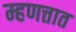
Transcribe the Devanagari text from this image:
म्हणत्तात